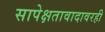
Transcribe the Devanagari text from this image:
सापेक्षतावादावरही